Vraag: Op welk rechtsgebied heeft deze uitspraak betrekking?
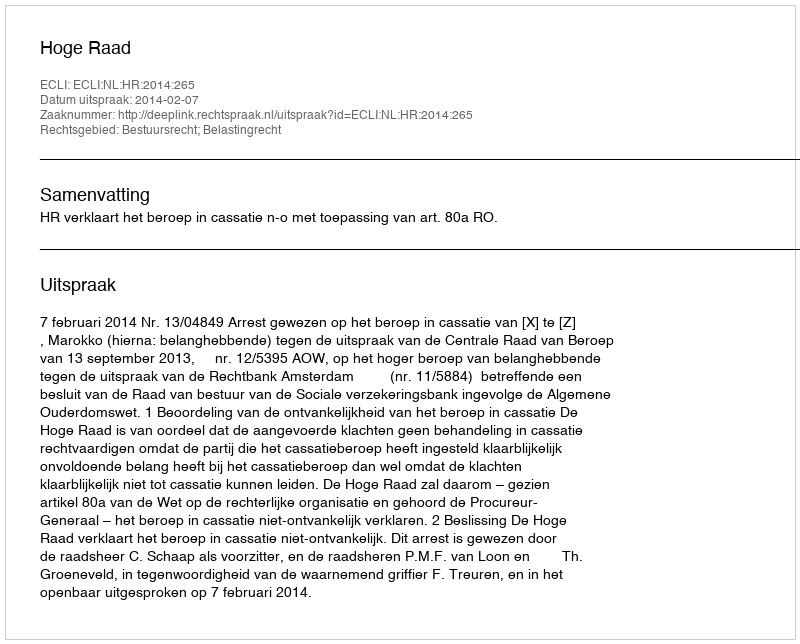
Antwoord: Bestuursrecht; Belastingrecht